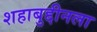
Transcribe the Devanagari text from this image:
शहाबुद्दीनला